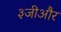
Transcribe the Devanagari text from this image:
३जीऔर